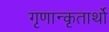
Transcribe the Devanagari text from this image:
गृणान्कृतार्थो